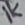
Text: 1K